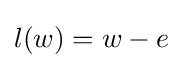
l(w)=w-e